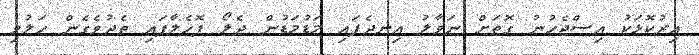
އިރުކޮޅަކު އިސްޖެހުނު ގޮތަށް ނަވާލު އިނދެފައި މަޑުމަޑުން ދެލޯ ފޮހެލާފައި ތެދުވެގެން ހަލުވި